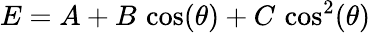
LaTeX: E=A+B\, \cos(\theta)+C\, \cos^{2}(\theta)